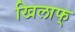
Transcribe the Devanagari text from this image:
खिलाफ्